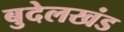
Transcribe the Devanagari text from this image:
बुदेलखंड